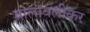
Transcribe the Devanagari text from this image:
वालावलीकर